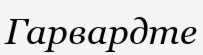
Гарвардте